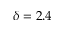
\delta = 2 . 4